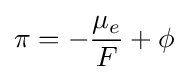
\pi =-{\frac {\mu _{e}}{F}}+\phi